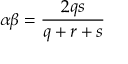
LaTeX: \alpha \beta = \frac { 2 q s } { q + r + s }